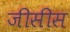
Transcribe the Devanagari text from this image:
जीसीस